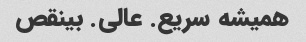
همیشه سریع. عالی. ‌بینقص